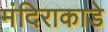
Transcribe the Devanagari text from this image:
मंदिराकाडे